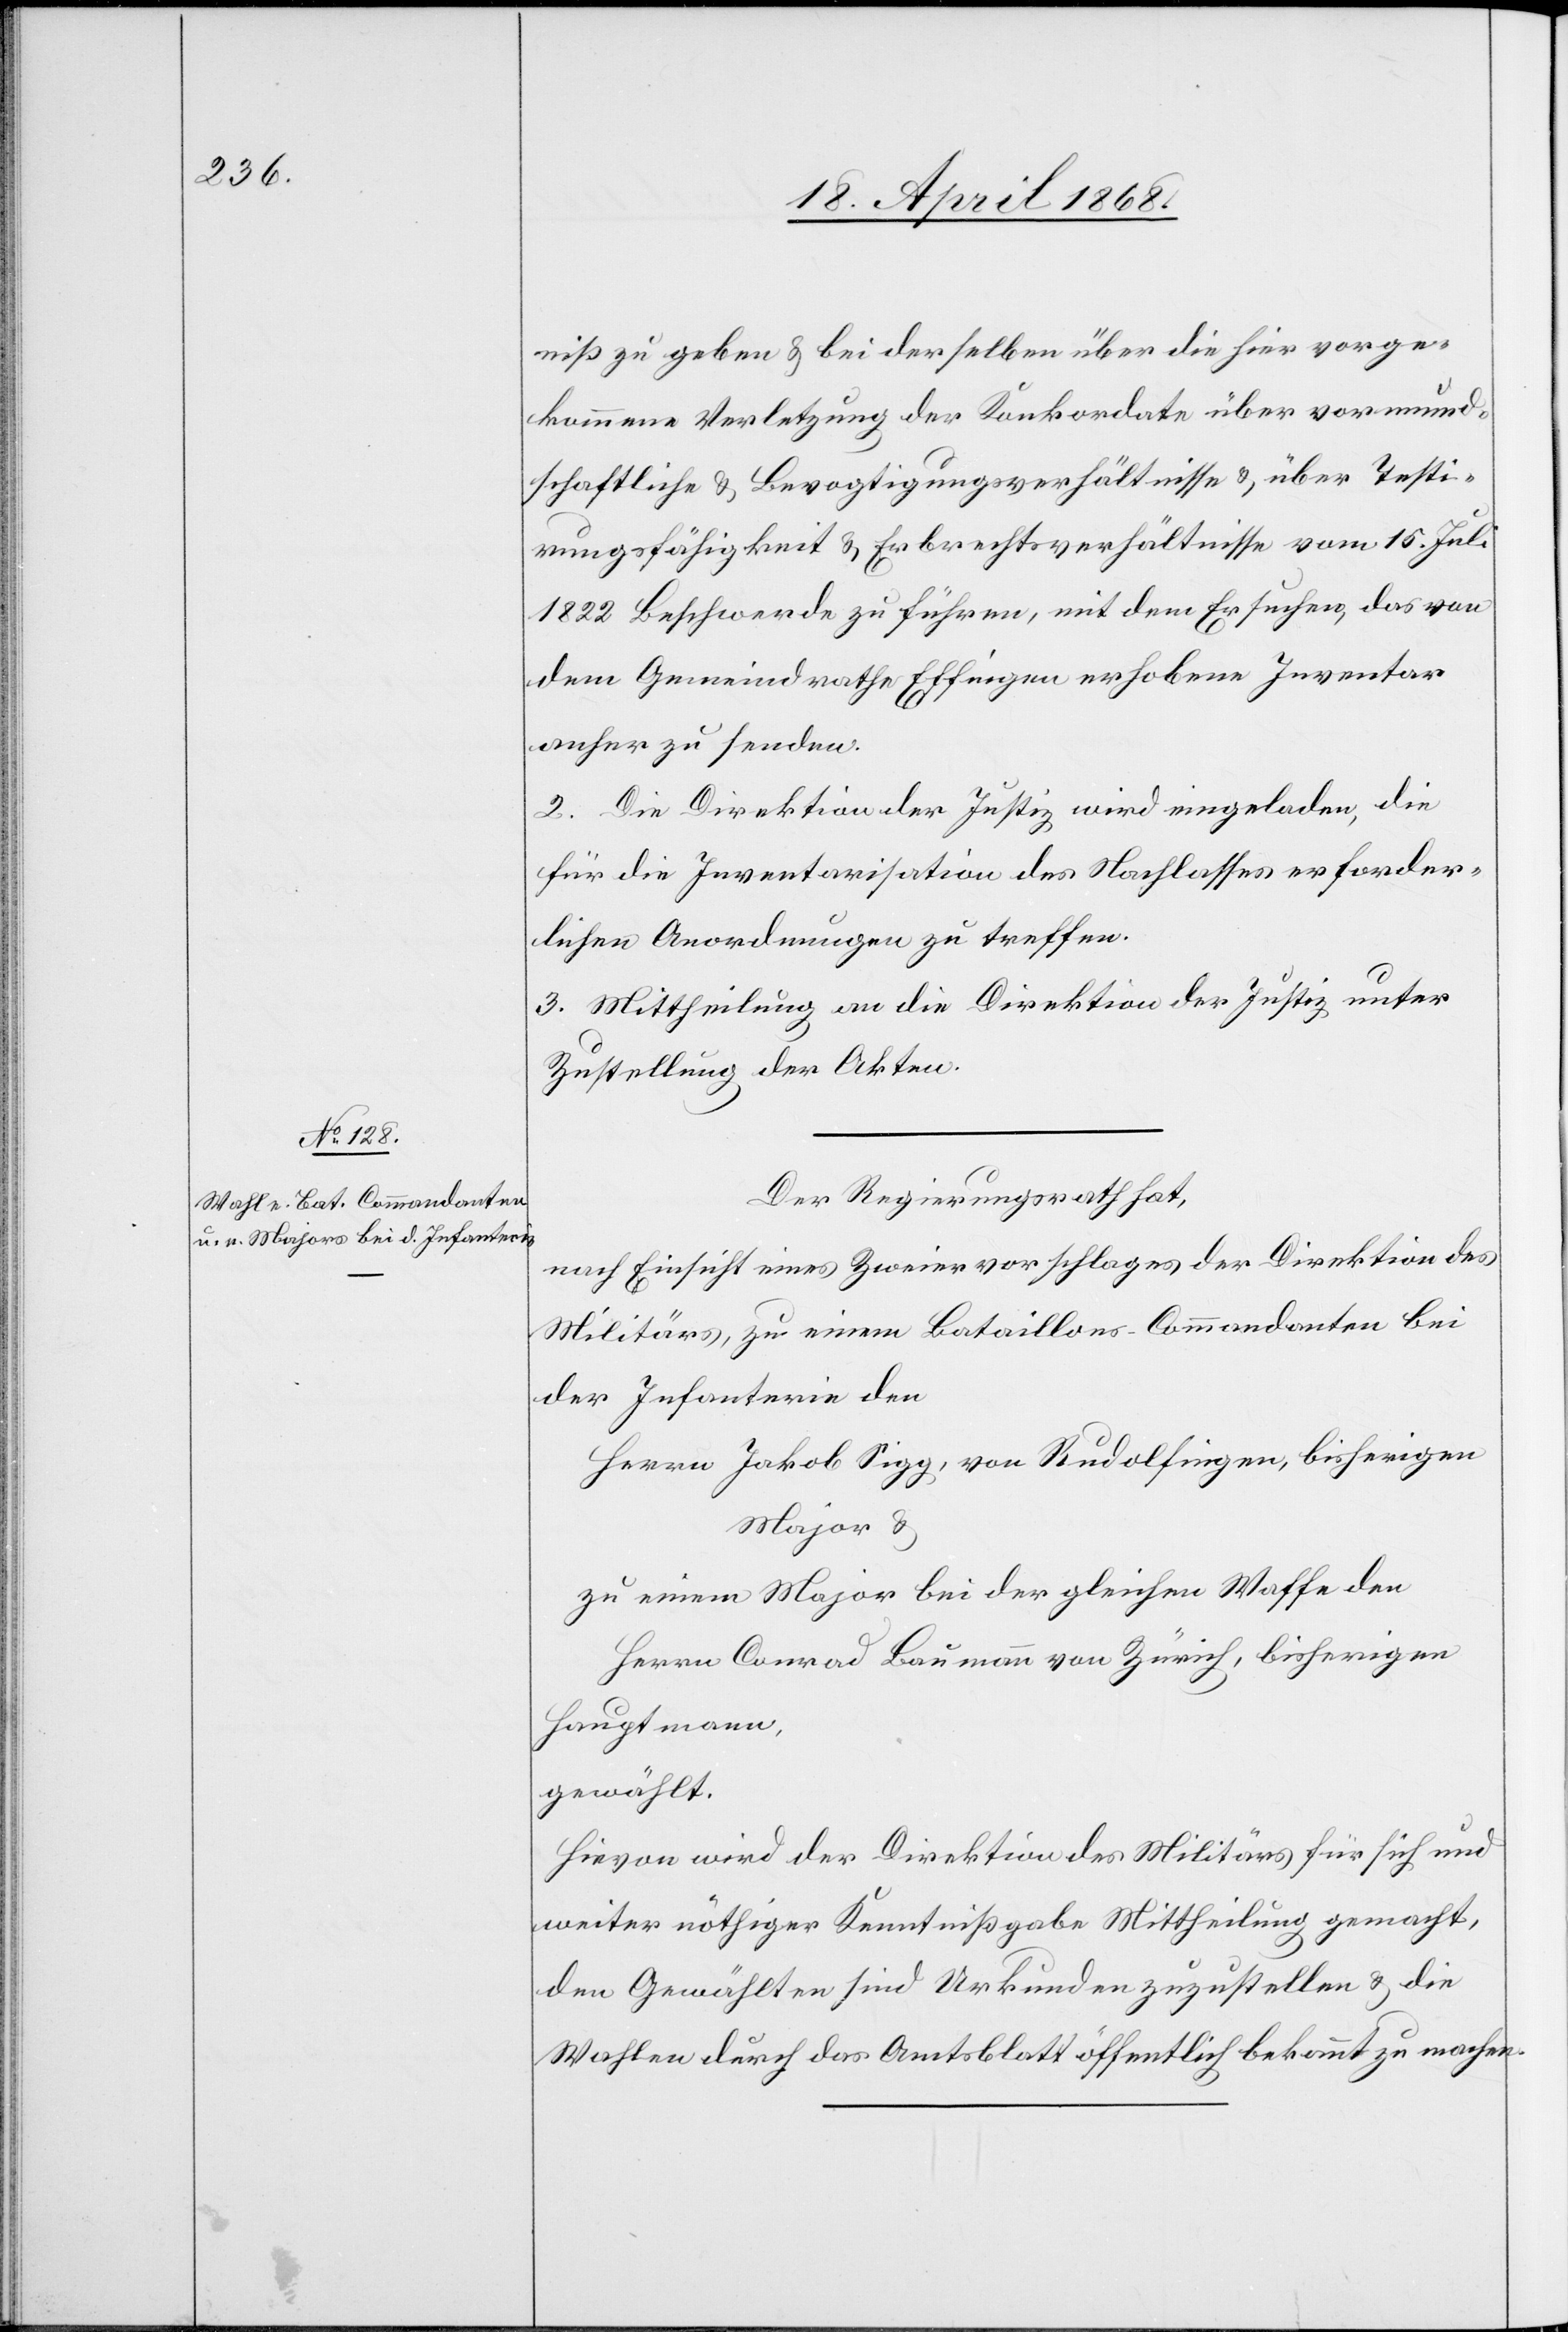
niß zu geben & bei derselben über die hier vorge¬
kommene Verletzung der Konkordate über vormund¬
schaftliche & Bevogtigungsverhältnisse & über Testi¬
rungsfähigkeit & Erbrechtsverhältnisse vom 15. Juli
1822 Beschwerde zu führen, mit dem Ersuchen, das von
dem Gemeindrathe Effingen erhobene Inventar
anher zu senden.
2. Die Direktion der Justiz wird eingeladen, die
für die Inventarisation des Nachlasses erforder¬
lichen Anordnungen zu treffen.
3. Mittheilung an die Direktion der Justiz unter
Zustellung der Akten.
Der Regierungsrath hat,
nach Einsicht eines Zweiervorschlages der Direktion des
Militärs, zu einem Bataillons-Commandanten bei
der Infanterie den
Herrn Jakob Sigg, von Rudolfingen, bisherigen
Major &
zu einem Major bei der gleichen Waffe den
Herrn Conrad Baumann von Zürich, bisherigen
Hauptmann,
gewählt.
Hievon wird der Direktion des Militärs für sich und
weiter nöthiger Kenntißgabe Mittheilung gemacht,
den Gewählten sind Urkunden zuzustellen & die
Wahlen durch das Amtsblatt öffentlich bekannt zu machen.